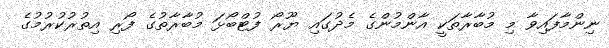
ނިންމާފައިވާ މި މުބާރާތަކީ އާންމުންގެ މެދުގައި ޔޫރޯ ފުޓްބޯޅަ މުބާރާތުގެ ފޯރި އިތުރުކުރުމުގެ